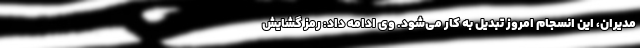
مدیران، این انسجام امروز تبدیل به کار می‌شود. وی ادامه داد: رمز گشایش